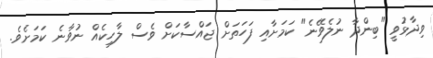
ވިދާޅުވީ "ބިންދާ ނުލެވޭނެ" ކަމަށާއި ފަހަތަށް ޖައްސާކަށް ވެސް ލާހިކެއް ނުވާނެ ކަމަށެވެ.